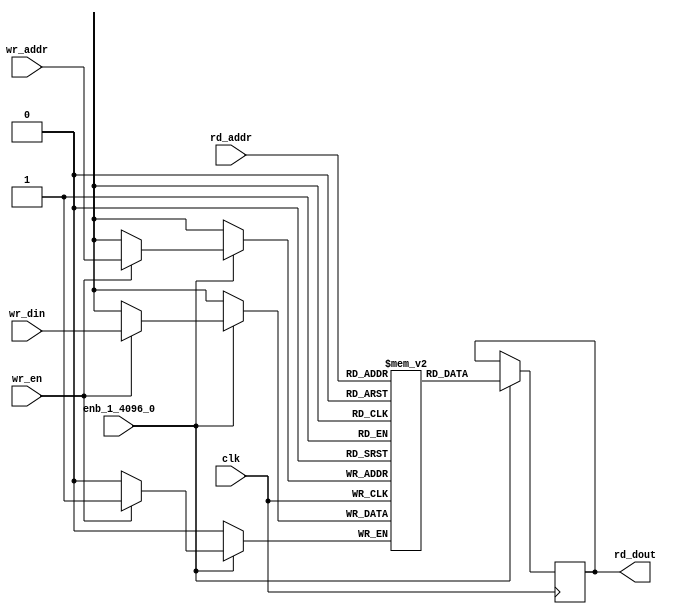
// -------------------------------------------------------------
// 
// 
// Generated by MATLAB 9.14 and HDL Coder 4.1
// 
// -------------------------------------------------------------


// -------------------------------------------------------------
// 
// Module: SimpleDualPortRAM_generic_block
// Source Path: dsphdl.IFFT/RADIX22FFT_SDF1_1/SDFCommutator1/SimpleDualPortRAM_generic
// Hierarchy Level: 6
// 
// -------------------------------------------------------------

`timescale 1 ns / 1 ns

module SimpleDualPortRAM_generic_block
          (clk,
           enb_1_4096_0,
           wr_din,
           wr_addr,
           wr_en,
           rd_addr,
           rd_dout);

  parameter integer AddrWidth  = 1;
  parameter integer DataWidth  = 1;

  input   clk;
  input   enb_1_4096_0;
  input   signed [DataWidth - 1:0] wr_din;  // parameterized width
  input   [AddrWidth - 1:0] wr_addr;  // parameterized width
  input   wr_en;  // ufix1
  input   [AddrWidth - 1:0] rd_addr;  // parameterized width
  output  signed [DataWidth - 1:0] rd_dout;  // parameterized width


  reg  [DataWidth - 1:0] ram [2**AddrWidth - 1:0];
  reg  [DataWidth - 1:0] data_int;
  integer i;

  initial begin
    for (i=0; i<=2**AddrWidth - 1; i=i+1) begin
      ram[i] = 0;
    end
    data_int = 0;
  end


  always @(posedge clk)
    begin : SimpleDualPortRAM_generic_process
      if (enb_1_4096_0 == 1'b1) begin
        if (wr_en == 1'b1) begin
          ram[wr_addr] <= wr_din;
        end
        data_int <= ram[rd_addr];
      end
    end

  assign rd_dout = data_int;

endmodule  // SimpleDualPortRAM_generic_block